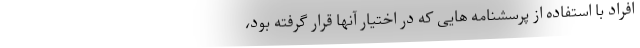
افراد با استفاده از پرسشنامه هایی که در اختیار آنها قرار گرفته بود،